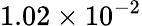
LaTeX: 1.02\times 10^{-2}